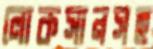
লোকসানসহ